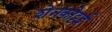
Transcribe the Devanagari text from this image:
शेनकोट्टई